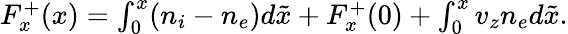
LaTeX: \begin{array}{r}{F_{x}^{+}(x)=\int_{0}^{x}(n_{i}-n_{e})d\tilde{x}+F_{x}^{+}(0)+\int_{0}^{x}v_{z}n_{e}d\tilde{x}.}\end{array}